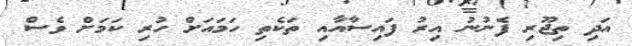
އަދި ތިޖޫރި ފެނުނު އިރު ފައިސާއާއި ތަކެތި ހަމައަށް ހުރި ކަމަށް ވެސް